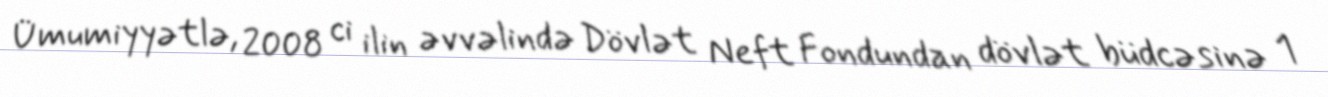
Ümumiyyətlə, 2008 ci ilin əvvəlində Dövlət Neft Fondundan dövlət büdcəsinə 1